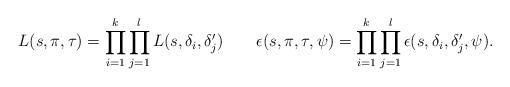
LaTeX: \begin{align*}L(s,\pi,\tau)=\prod_{i=1}^k\prod_{j=1}^l L(s,\delta_i,\delta_j') \ \ \ \ \ \ \epsilon(s,\pi,\tau,\psi)=\prod_{i=1}^k\prod_{j=1}^l \epsilon(s,\delta_i,\delta_j',\psi).\end{align*}